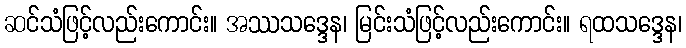
ဆင်သံဖြင့်လည်းကောင်း။ အဿသဒ္ဒေန၊ မြင်းသံဖြင့်လည်းကောင်း။ ရထသဒ္ဒေန၊